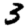
Digit: 3